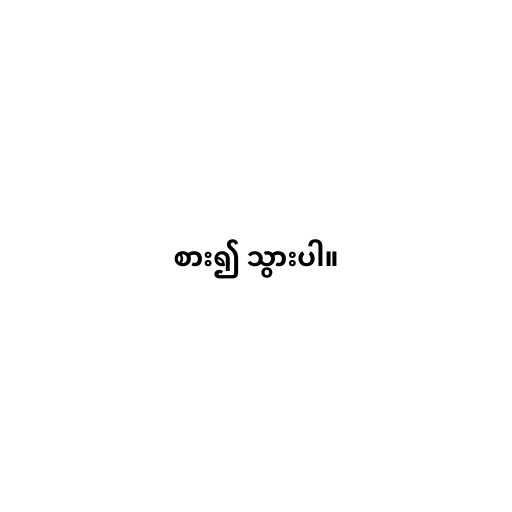
စား၍ သွားပါ။